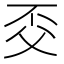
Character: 𠀱